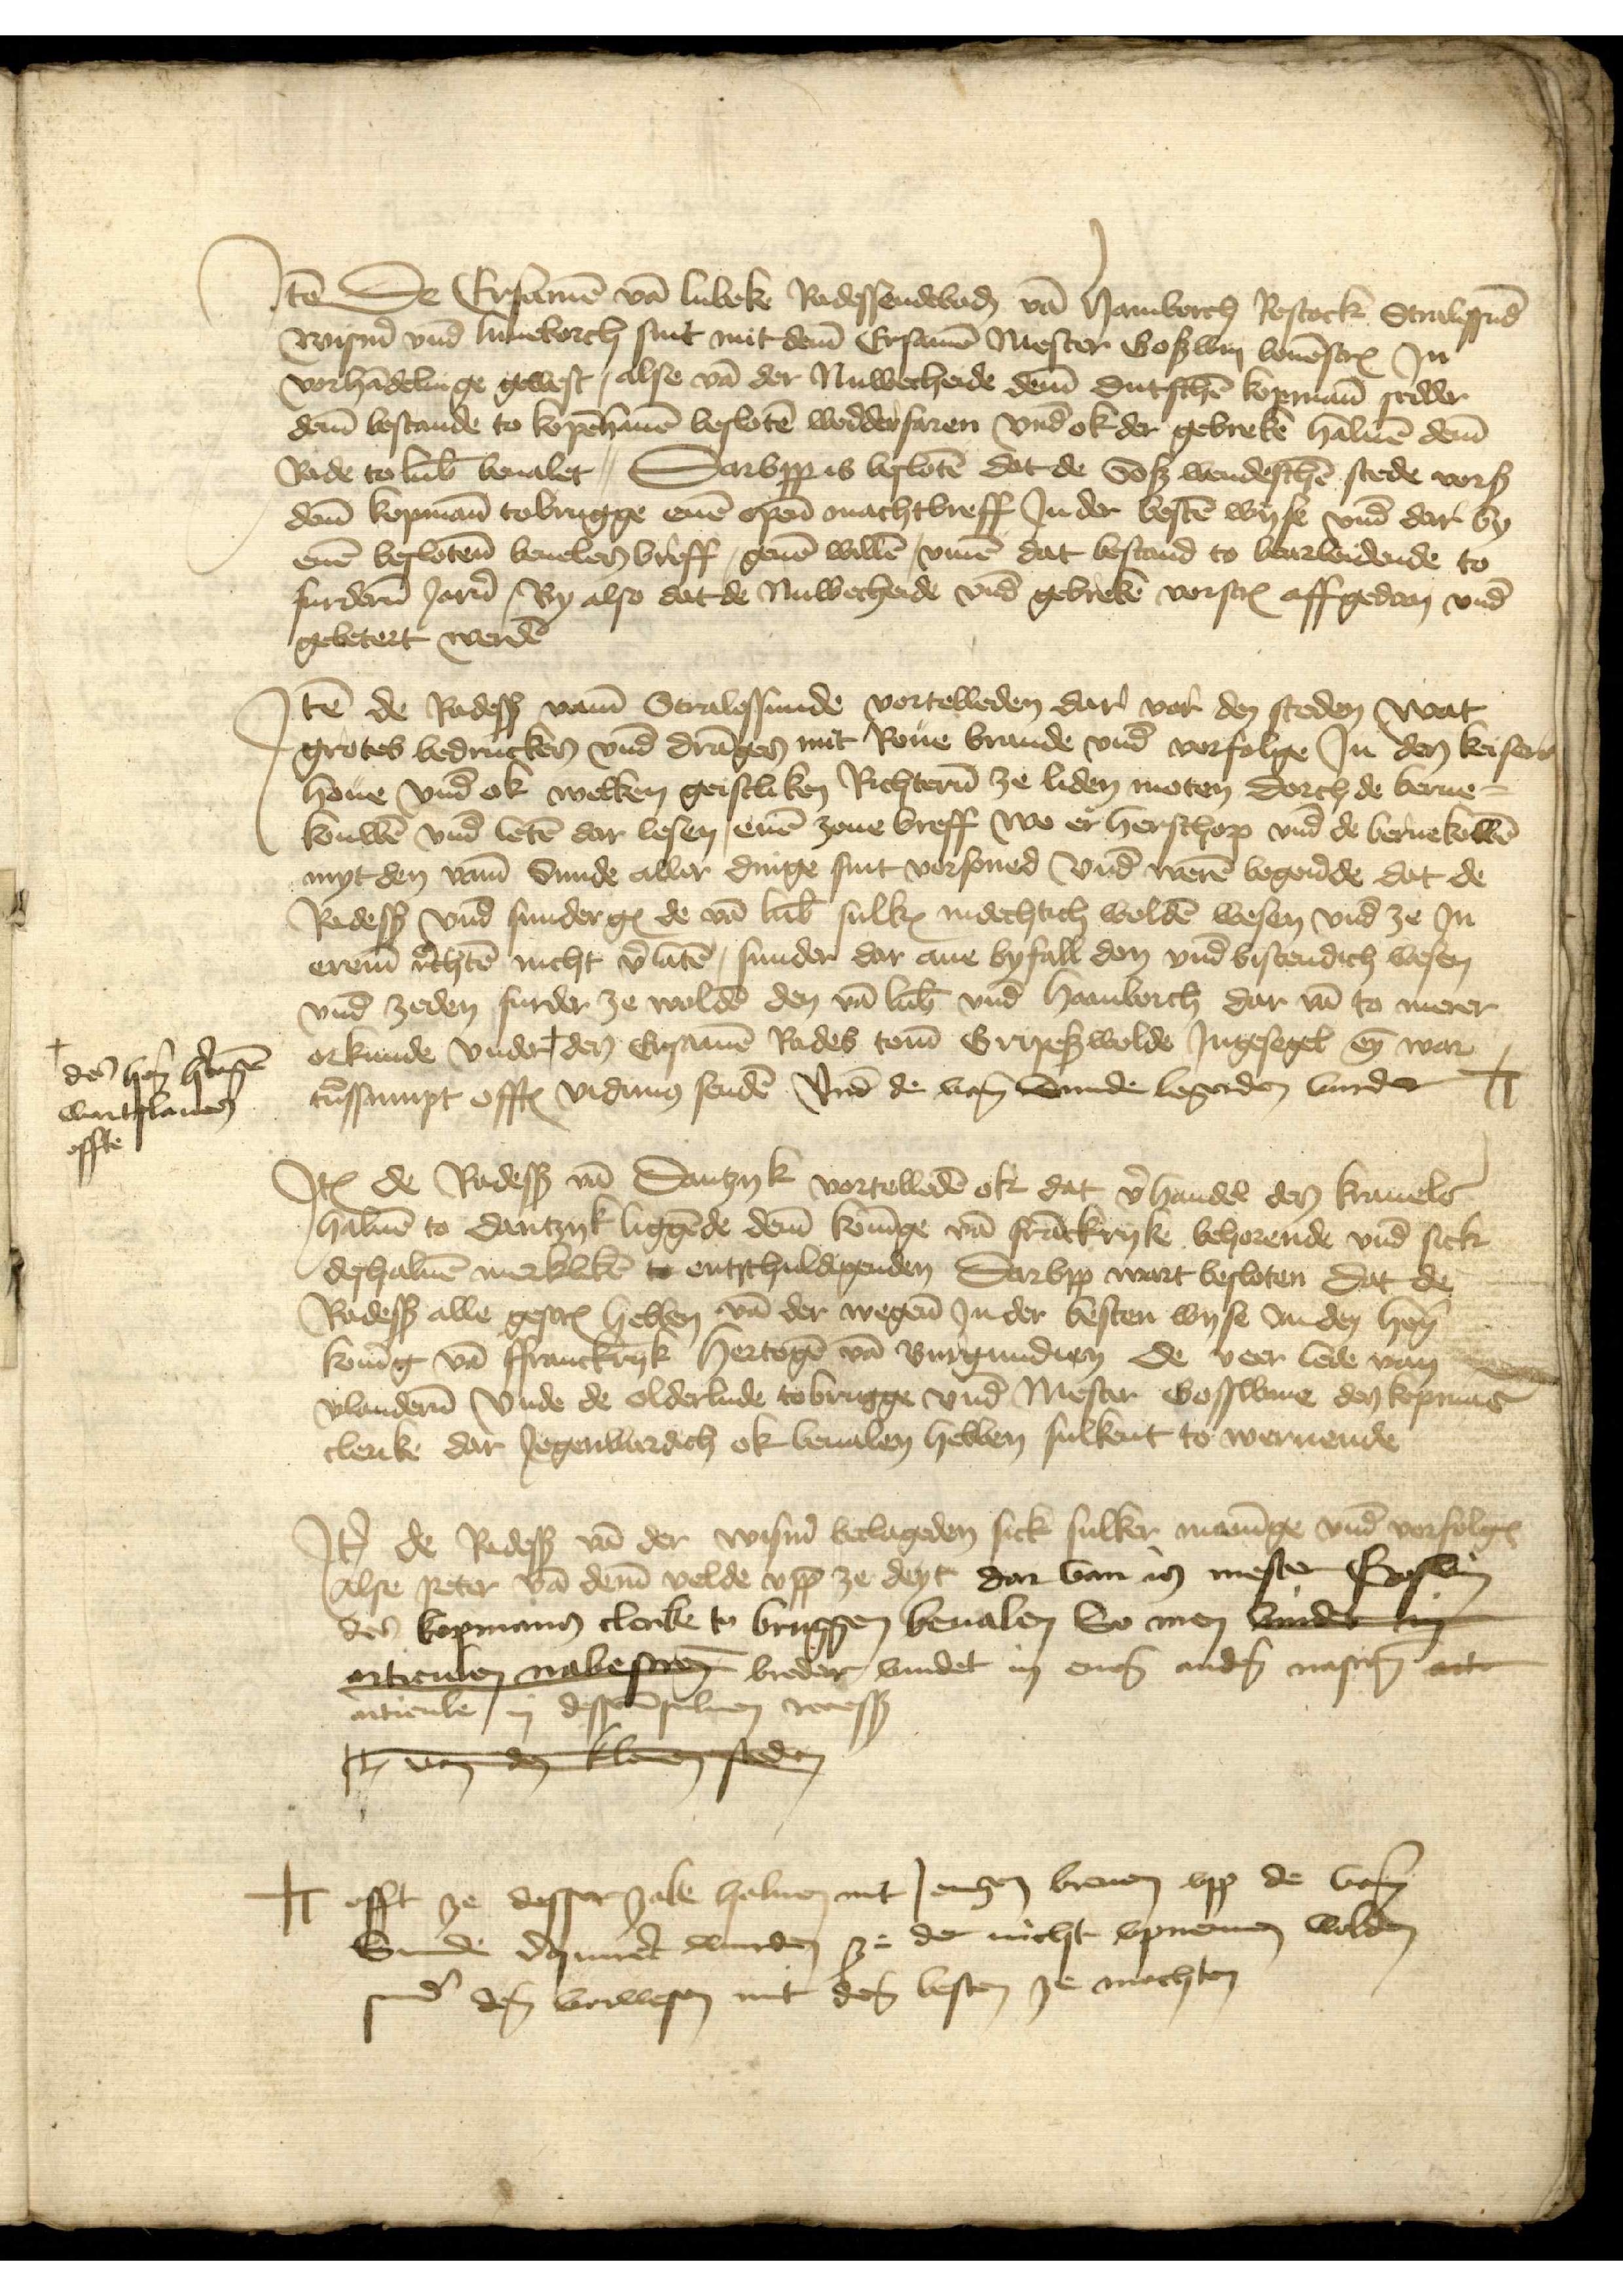
Jtem de Ersamen van Lubeke Radessendeboden van Hamborch Rostock Stralesund
Wismer vnd Luneborch sint mit deme Ersamen Mester Goswin bouenscreuen Jn
vorhandelinge gewest, alse van der Nuwecheide deme dutschen kopmann sedder
deme bestande to Kopenhauen besloten wedderfaren vnd ok der gebreke haluen deme
Rade to Lubeke beualet, Darvpp is besloten dat de Soß wendeschen stede vorscreuen
deme kopmann tobrugge enen openen machtbreff Jn der besten wyse vnd dar by
enen beslotenen beuelen breff, geuen willen, vmme dat bestand to bearbeidende to
furderen Jaren By also dat de Nuwecheide vnd gebreke vorscreuen affgedan vnd
gebetert werden

Jtem de Radessendeboden vame Stralessunde vortelleden dar vor den steden wat
grotes bedrucken vnd drangen mit Roue brande vnd vorfolge Jn den keiser
houe vnd ok welken geistliken Richteren ze liden moten dorch de berne¬
kouwen vnd leten dar lesen, enen zoue breff wo ere herschop vnd de bernekowen
myt den vame Sunde aller dinge sint vorsoned vnd weren begerende dat de
Radessendeboden vnd sunderges de van Lubeke sulke indechtich wolden wesen vnd ze Jn
erem rechten nicht vorlaten, sunder dar ane byfall don vnd bistendich wesen
vnd zeden furder ze wolden den van Lubeke vnd Hamborch dar van to merer
orkunde vnder + den Ersamen Rades tome Gripeswolde Jngesegel eyn war¬
tussumpt offt vidinus senden vnd de van Sunde begerden vurder
++

den her hertogen
Wentslauen
offte

++ offt ze desser zake haluen mit J engenomed breuen vpp de vame
Sunde derqmrdt wurden ze der nicht vpnemen wolden
sunder dem vorwesen mit de besten ze mochten

Jtem de Radessendeboden van Dantzyk vortelleden ok dat verhandel den Krauele
haluen to Dantzyk liggende deme koninge van Franckryke behorende vnd sick
deshaluen merkliken to entschuldigenden Darvpp wart besloten dat de
Radessendeboden alle gescreuen hebben van der wegene Jn der besten wyse Jn de heren
koning van Ffranckryk hertogen van Burgundien de veer lede van
Vlanderen vnde de olderlude to Brugge vnd Mester Gosswine den kopmans
clerike dar Jegenwardich ok beualen hebben sulkent to weruende

Jtem de Radesendeboden van der Wismer beclageden sick sulker maninge vnd vorfolgen
Alse Peter van deme Velde vpp ze deyt dar van is mester Goswin
des kopmann clerike to Bruggen beualen So men vande
Bemen nabesteen breder vindet in enes andern nascreuen art
articule, in dessen suluen recess
wy d teee